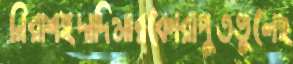
নিরাশইদাদিমারকোরাপুতভুলেছ